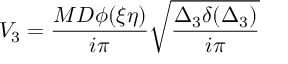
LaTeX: V _ { 3 } = \frac { M D \phi ( \xi \eta ) } { i \pi } { \sqrt { \frac { \Delta _ { 3 } \delta ( \Delta _ { 3 } ) } { i \pi } } }